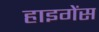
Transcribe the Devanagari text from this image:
हाइगेंस